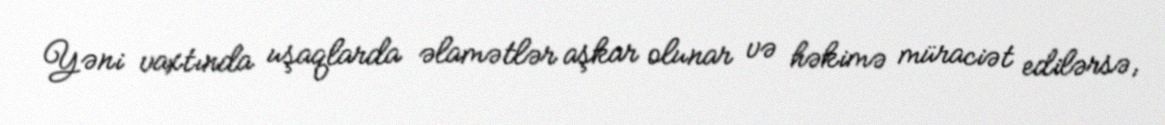
Yəni vaxtında uşaqlarda əlamətlər aşkar olunar və həkimə müraciət edilərsə,